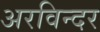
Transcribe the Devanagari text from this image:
अरविन्दर